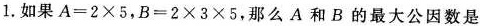
1.如果 $$A = 2 \times 5$$ , $$B = 2 \times 3 \times 5$$ , 那么 A 和 B 的最大公因数是